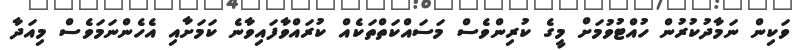
ވަކިން ނަމާދުކުރުން ހުއްޓުވުމަށް މީގެ ކުރިންވެސް މަސައްކަތްތަކެއް ކުރައްވާފައިވާނެ ކަމަށާއި އެހެންނަމަވެސް މިއަދާ